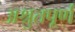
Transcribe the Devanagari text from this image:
अश्रुतपूर्ण